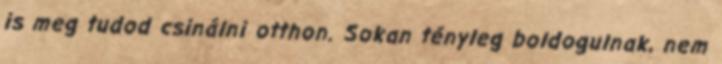
is meg tudod csinálni otthon. Sokan tényleg boldogulnak, nem